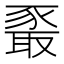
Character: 𰶧